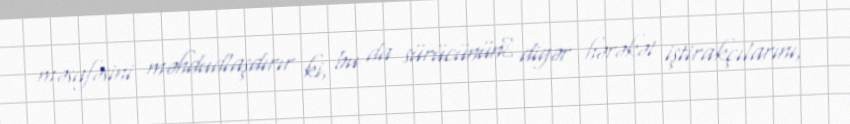
məsafəsini məhdudlaşdırır ki, bu da sürücünün​ digər hərəkət iştirakçılarını,